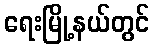
ရေးမြို့နယ်တွင်